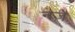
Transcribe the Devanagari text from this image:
नजे